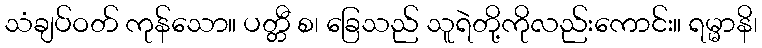
သံချပ်ဝတ် ကုန်သော။ ပတ္တီ စ၊ ခြေသည် သူရဲတို့ကိုလည်းကောင်း။ ရမ္မာနိ၊